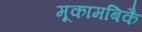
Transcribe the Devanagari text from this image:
मूकामबिकै